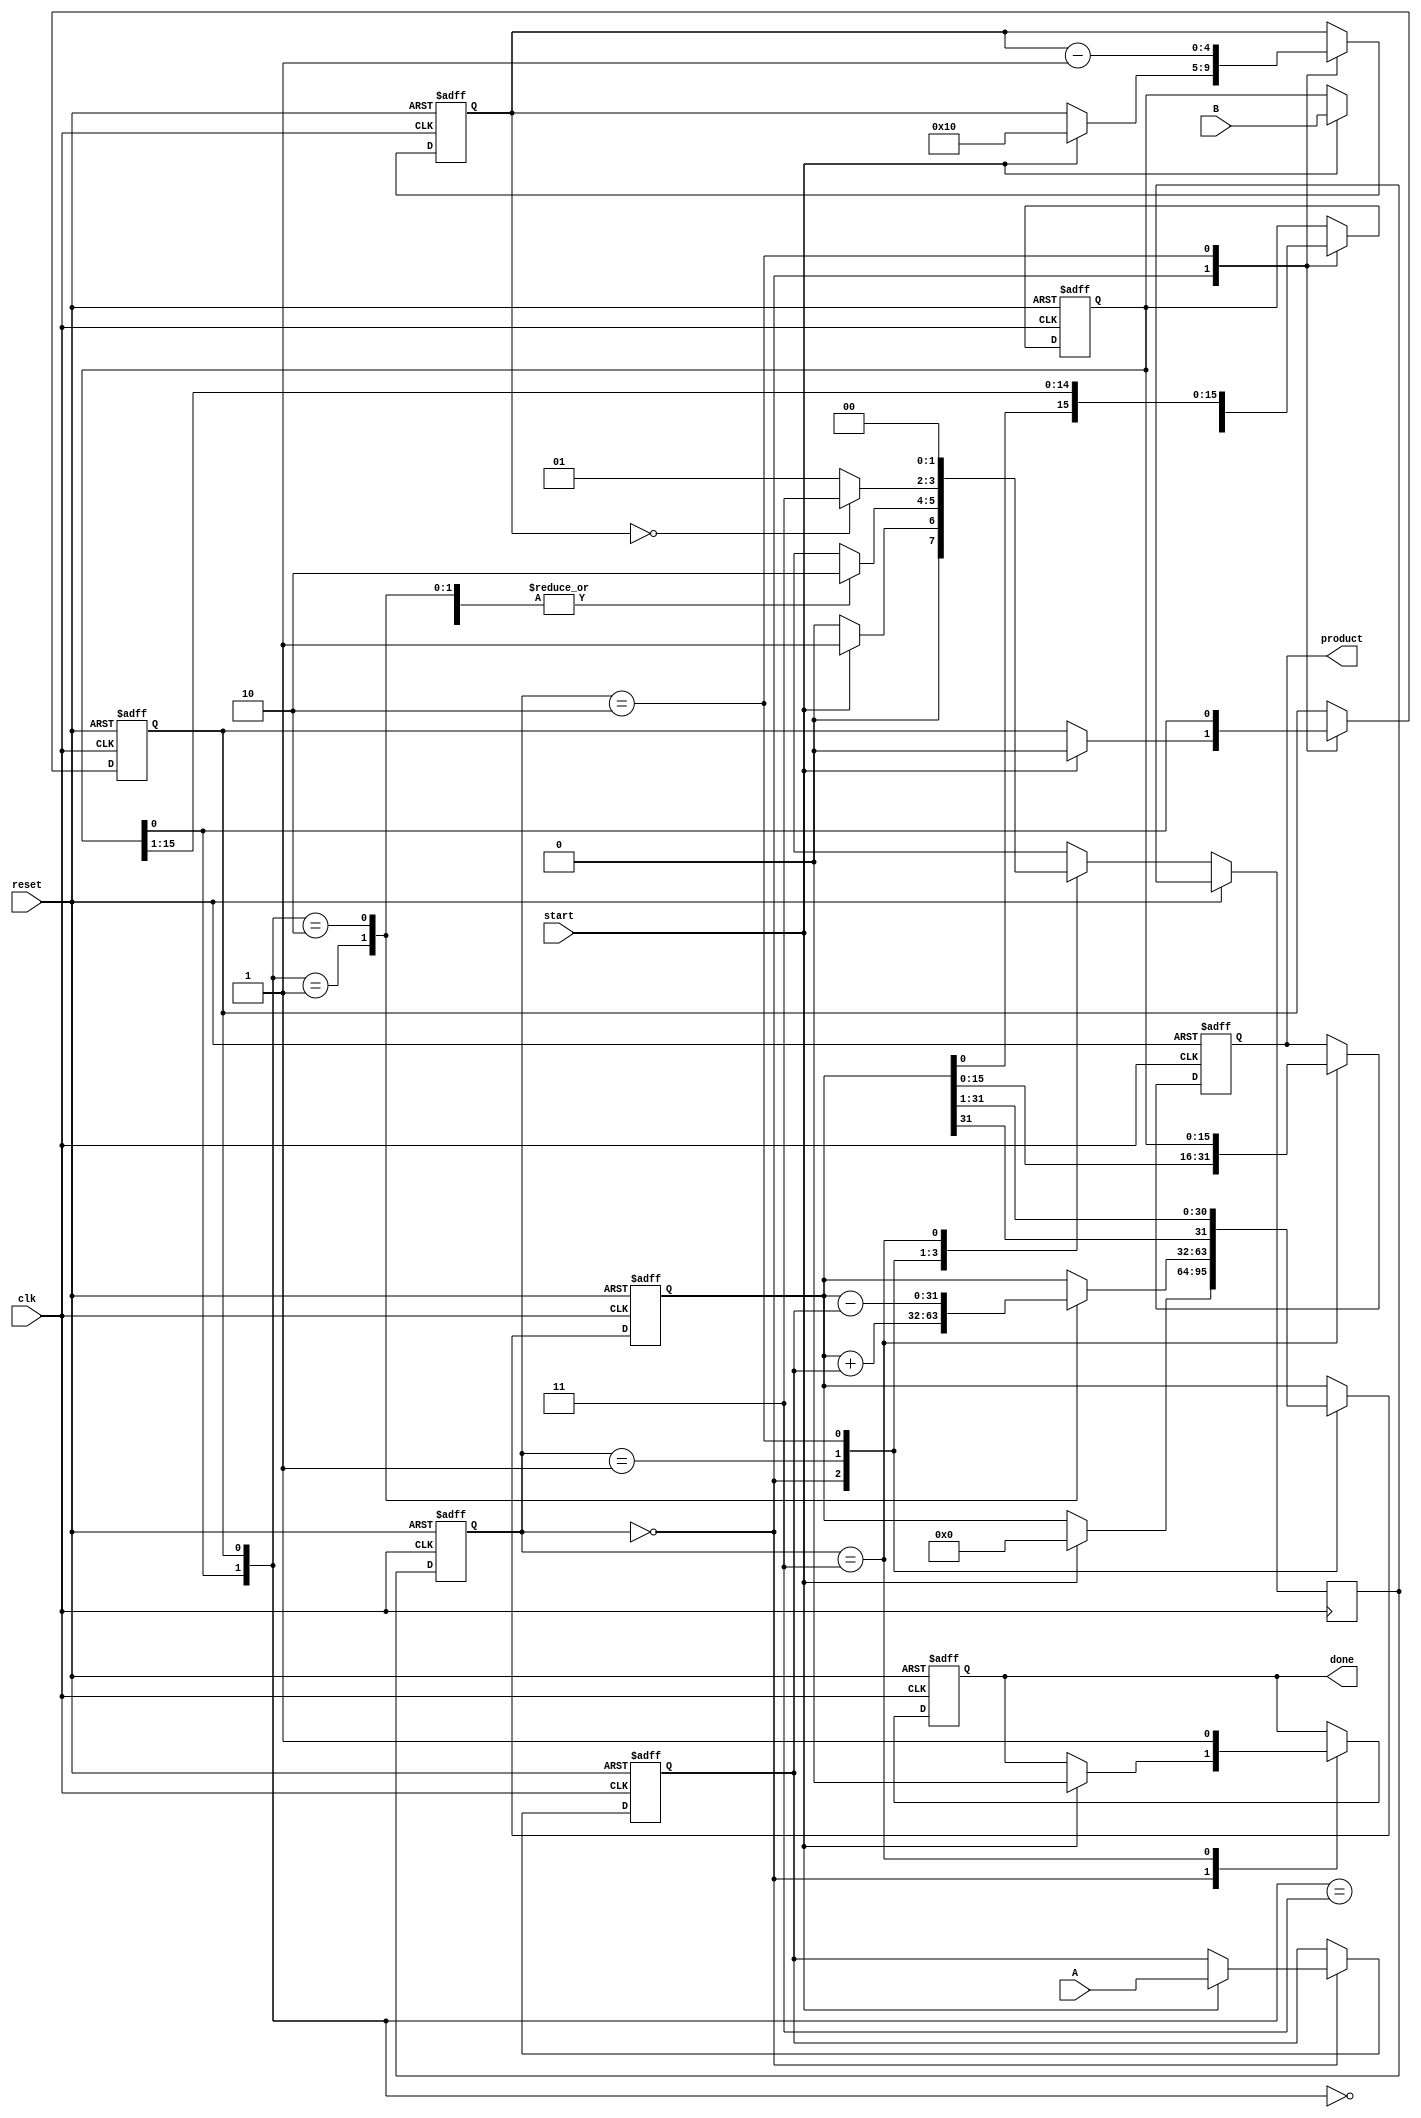
module modified_booth_multiplier (
    input wire clk,
    input wire reset,
    input wire start,
    input wire signed [15:0] A, // Multiplicand
    input wire signed [15:0] B, // Multiplier
    output reg signed [31:0] product, // Product output
    output reg done // Signal indicating completion
);

    reg signed [15:0] M; // Multiplicand Register
    reg signed [15:0] Q; // Multiplier Register
    reg signed [31:0] A_reg; // Accumulator Register
    reg [4:0] count; // Count Register
    reg Q_minus_1; // Previous bit of Q

    localparam IDLE = 2'b00, 
               RUN = 2'b01, 
               SHIFT = 2'b10, 
               DONE = 2'b11;
    
    reg [1:0] state, next_state;

    // State transition logic
    always @(posedge clk or posedge reset) begin
        if (reset) begin
            state <= IDLE;
        end else begin
            state <= next_state;
        end
    end

    // Control logic
    always @(posedge clk or posedge reset) begin
        if (reset) begin
            M <= 0;
            Q <= 0;
            A_reg <= 0;
            count <= 0;
            Q_minus_1 <= 0;
            product <= 0;
            done <= 0;
        end else begin
            case (state)
                IDLE: begin
                    if (start) begin
                        M <= A; // Load multiplicand
                        Q <= B; // Load multiplier
                        A_reg <= 0; // Clear accumulator
                        count <= 16; // Set count for 16 bits
                        Q_minus_1 <= 0; // Initialize Q-1
                        done <= 0;
                        next_state <= RUN;
                    end else begin
                        next_state <= IDLE;
                    end
                end
                
                RUN: begin
                    // Determine action based on Q and Q-1
                    case ({Q[0], Q_minus_1})
                        2'b00: next_state <= SHIFT; // No operation
                        2'b01: begin
                            A_reg <= A_reg + M; // Add M
                            next_state <= SHIFT;
                        end
                        2'b10: begin
                            A_reg <= A_reg - M; // Subtract M
                            next_state <= SHIFT;
                        end
                        2'b11: next_state <= SHIFT; // No operation
                    endcase
                end
                
                SHIFT: begin
                    // Shift A and Q right
                    {A_reg, Q} <= {A_reg[31], A_reg, Q} >> 1; // Arithmetic right shift
                    Q_minus_1 <= Q[0]; // Update Q-1
                    count <= count - 1; // Decrement count

                    if (count == 0) begin
                        next_state <= DONE; // Move to done state
                    end else begin
                        next_state <= RUN; // Continue processing
                    end
                end
                
                DONE: begin
                    product <= {A_reg, Q}; // Final product
                    done <= 1; // Indicate completion
                    next_state <= IDLE; // Return to idle
                end
                
                default: next_state <= IDLE; // Default state
            endcase
        end
    end
endmodule